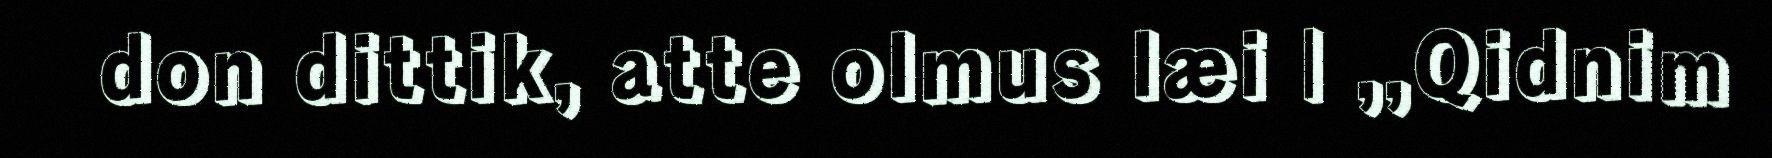
don dittik, atte olmus læi | ,,Qidnim